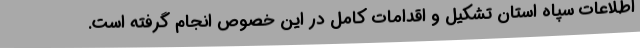
اطلاعات سپاه استان تشکیل و اقدامات کامل در این خصوص انجام گرفته است.